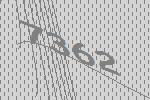
7362